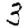
Digit: 3